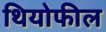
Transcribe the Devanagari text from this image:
थियोफील